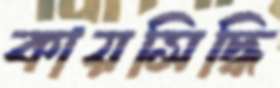
কায়সিদ্ধি